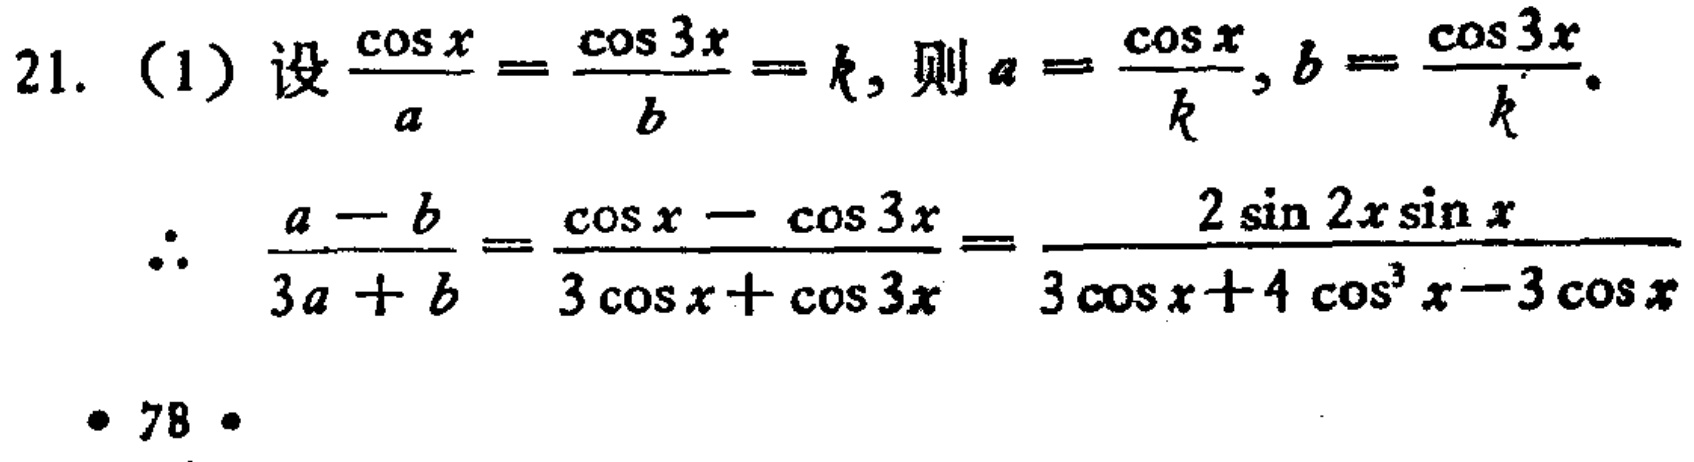
21. (1) 设\(\frac{\cos x}{a}=\frac{\cos 3x}{b}=k\)，则\(a = \frac{\cos x}{k}\)，\(b = \frac{\cos 3x}{k}\)。

\(\therefore\) \(\frac{a - b}{3a + b}=\frac{\cos x - \cos 3x}{3\cos x + \cos 3x}=\frac{2\sin 2x\sin x}{3\cos x + 4\cos^{3}x - 3\cos x}\)

• 78 •